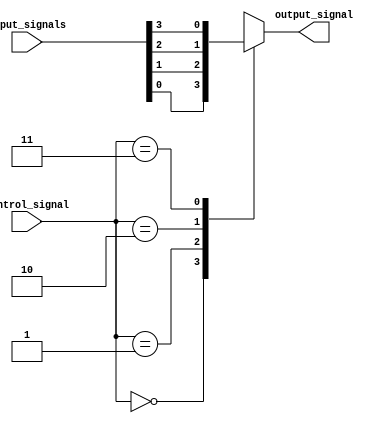
module mux_4to1 (
    input [3:0] input_signals,
    input [1:0] control_signal,
    output reg output_signal
);

always @(*) begin
    case (control_signal)
        2'b00: output_signal = input_signals[0];
        2'b01: output_signal = input_signals[1];
        2'b10: output_signal = input_signals[2];
        2'b11: output_signal = input_signals[3];
        default: output_signal = 1'bz; // Default value if control signal is invalid
    endcase
end

endmodule